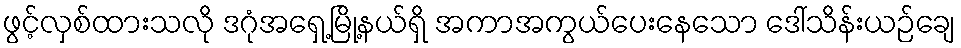
ဖွင့်လှစ်ထားသလို ဒဂုံအရှေ့မြို့နယ်ရှိ အကာအကွယ်ပေးနေသော ဒေါ်သိန်းယဉ်ချေ